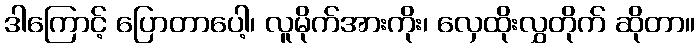
ဒါကြောင့် ပြောတာပေါ့၊ လူမိုက်အားကိုး၊ လှေထိုးလွှတိုက် ဆိုတာ။